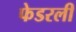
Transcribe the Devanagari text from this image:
फेडरली